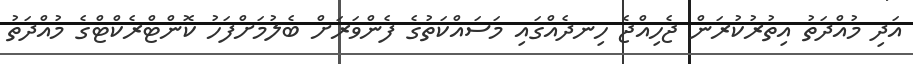
އަދި މުއްދަތު އިތުރުކުރަން ޖެހިއްޖެ ހިނދެއްގައި މަސައްކަތުގެ ފެންވަރަށް ބެލުމަށްފަހު ކޮންޓްރެކްޓްގެ މުއްދަތު